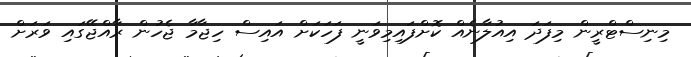
މިނިސްޓްރީން މިފަދަ އިއުލާނެއް ކޮށްފައިމިވަނީ ފަހަކަށް އައިސް ހިޖާމާ ޖެހުން ރާއްޖޭގައި ވަރަށް